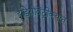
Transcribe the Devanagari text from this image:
इडियोवेंट्रीक्यूल